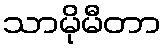
သာမိုမီတာ